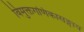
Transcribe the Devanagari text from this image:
विमुक्तगणिकासङ्गाय